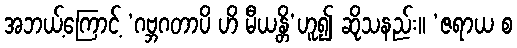
အဘယ့်ကြောင့် ‘ဂဗ္ဘဂတာပိ ဟိ မီယန္တိ’ဟူ၍ ဆိုသနည်း။ ‘ဇရာယ စ